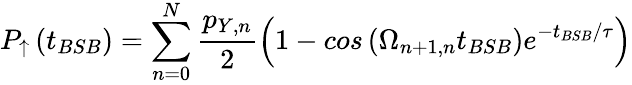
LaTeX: P_{\uparrow}\left(t_{BSB}\right)=\sum_{n=0}^{N}{\frac{p_{Y,n}}{2}\left(1-cos\left(\Omega_{n+1,n}t_{BSB}\right)e^{-t_{BSB}/\tau}\right)}